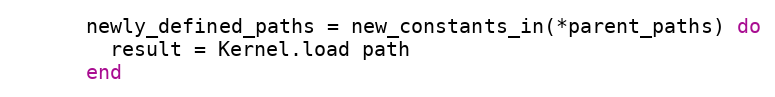
Language: Ruby
      newly_defined_paths = new_constants_in(*parent_paths) do
        result = Kernel.load path
      end